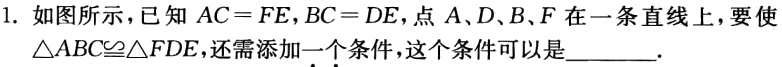
1. 如图所示，已知 \(AC = FE\)，\(BC = DE\)，点 \(A、D、B、F\) 在一条直线上，要使 \(\triangle ABC\cong\triangle FDE\)，还需添加一个条件，这个条件可以是________.